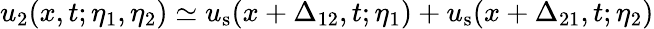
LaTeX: u_{2}(x,t;\eta_{1},\eta_{2})\simeq u_{\mathrm{s}}(x+\Delta_{12},t;\eta_{1})+u_{\mathrm{s}}(x+\Delta_{21},t;\eta_{2})